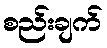
စည်းချက်